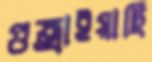
গুজ্‌রাইয়াছি